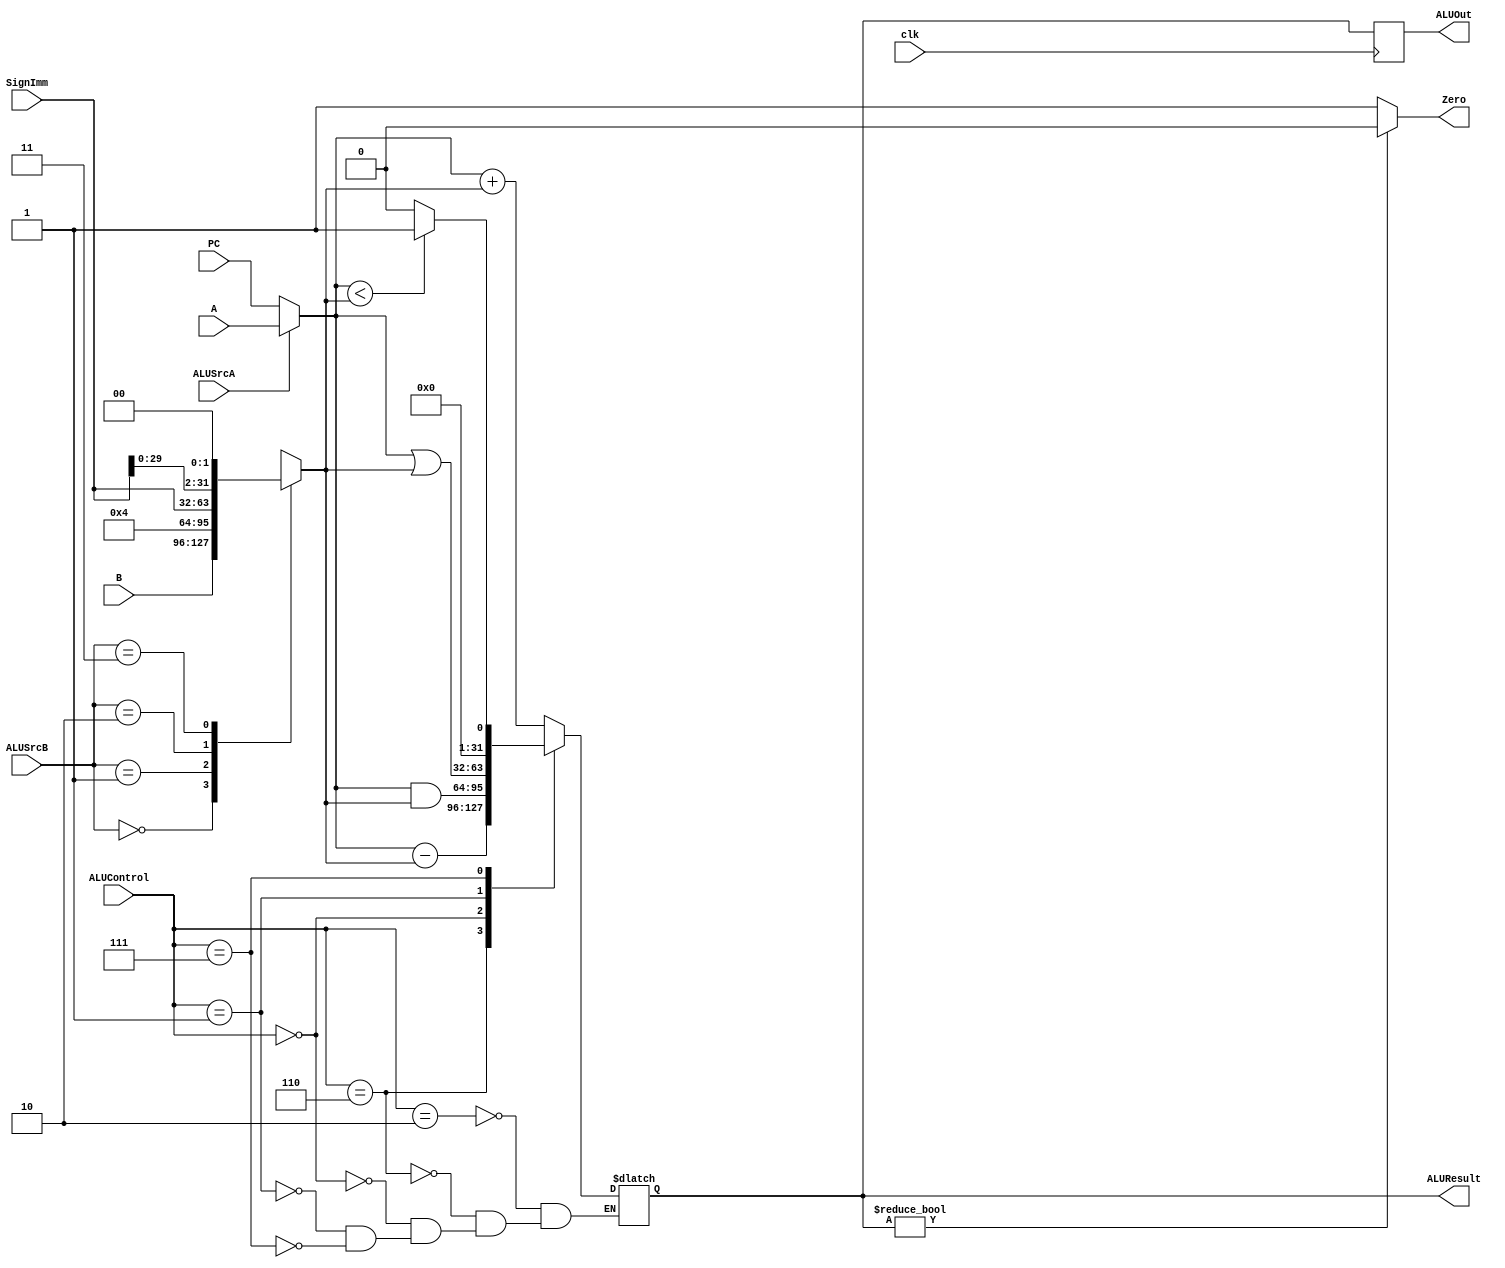
/*

	File name    : 
	LastEditors  : H
	LastEditTime : 2021-10-28 16:44:49
	Last Version : 1.0
	Description  : 
	
	----------------------------------------------------------------------------------------
	
	Author       : H
	Date         : 2021-10-28 16:44:48
	FilePath     : \MIPS_Single\ALU.v
	Copyright 2021 H, All Rights Reserved. 

*/
module ALU(
    // System Clock
    input               clk,
    // User Interface
    input               ALUSrcA,
    input       [1:0]   ALUSrcB,
    input       [31:0]  A,
    input       [31:0]  B,
    input       [31:0]  PC,
    input       [31:0]  SignImm,

    // input       [31:0]  SrcA,
    // input       [31:0]  SrcB,

    input       [2:0]   ALUControl,
    output  reg [31:0]  ALUOut,
    output  reg [31:0]  ALUResult,
    output              Zero
);
    reg [31:0]  SrcA,SrcB;

/*******************************************************************************
 *                                 Main Code
*******************************************************************************/
    
    assign Zero = (ALUResult) ? 1'b0 : 1'b1;
    always @(*) begin
        SrcA = ALUSrcA ? A : PC;
        case(ALUSrcB)
            2'b00: SrcB = B;
            2'b01: SrcB = 32'd4;
            2'b10: SrcB = SignImm;
            2'b11: SrcB = SignImm << 2;
        endcase
    end

    always @(*) begin
        case (ALUControl)
            3'b010 : begin
                ALUResult = SrcA + SrcB;
            end 
            3'b110 : begin
                ALUResult = SrcA - SrcB;
            end
            3'b000 : ALUResult = SrcA & SrcB;
            3'b001 : ALUResult = SrcA | SrcB;
            3'b111 : ALUResult = (SrcA < SrcB) ? 32'b1 : 32'b0;
            default: ;
        endcase
    end

    always @(posedge clk) begin
        ALUOut <= ALUResult;
    end


endmodule